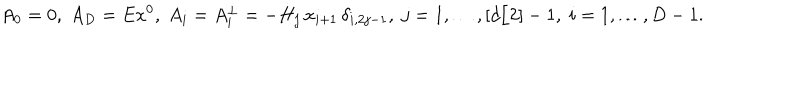
A _ { 0 } = 0 , \; A _ { D } = E x ^ { 0 } , \; A _ { i } = A _ { i } ^ { \perp } = - H _ { j } \, x _ { i + 1 } \, \delta _ { i , 2 j - 1 } , \; j = 1 , \ldots , [ d / 2 ] - 1 , \; i = 1 , \ldots , D - 1 .